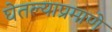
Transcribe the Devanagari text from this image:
घेतल्याप्रमाणे